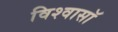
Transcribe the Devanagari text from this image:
विश्वासॉ